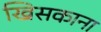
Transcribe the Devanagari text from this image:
खिसकाना